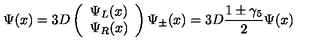
\Psi ( x ) = 3 D \left( \begin{array} { c } { \Psi _ { L } ( x ) } \\ { \Psi _ { R } ( x ) } \\ \end{array} \right) \Psi _ { \pm } ( x ) = 3 D \frac { 1 \pm \gamma _ { 5 } } { 2 } \Psi ( x )